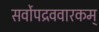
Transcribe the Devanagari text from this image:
सर्वोपद्रववारकम्